Calcutta medical institutions reports 1871-78
Year: 1871
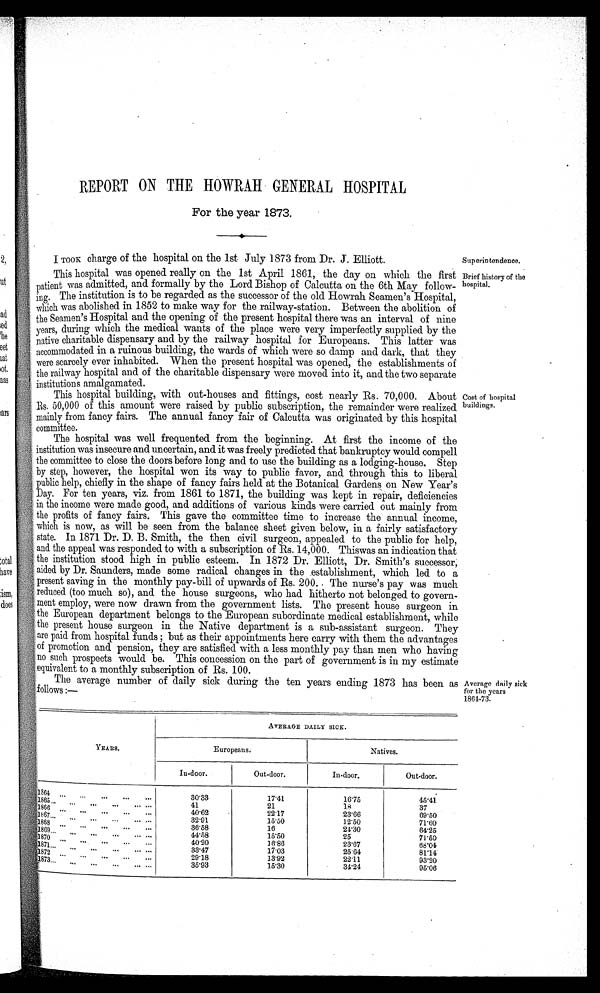
REPORT ON THE HOWRAH GENERAL HOSPITAL
For the year 1873.
I TOOK charge of the hospital on the 1st July 1873 from Dr. J. Elliott.
Superintendence.
This hospital was opened really on the 1st April 1861, the day on which the first
patient was admitted, and formally by the Lord Bishop of Calcutta on the 6th May follow-
ing. The institution is to be regarded as the successor of the old Howrah Seamen's Hospital,
which was abolished in 1852 to make way for the railway-station. Between the abolition of
the Seamen's Hospital and the opening of the present hospital there was an interval of nine
years, during which the medical wants of the place were very imperfectly supplied by the
native charitable dispensary and by the railway hospital for Europeans. This latter was
accommodated in a ruinous building, the wards of which were so damp and dark, that they
were scarcely ever inhabited. When the present hospital was opened, the establishments of
the railway hospital and of the charitable dispensary were moved into it, and the two separate
institutions amalgamated.
Brief history of the
hospital.
This hospital building, with out-houses and fittings, cost nearly Rs. 70,000. About
Rs. 50,000 of this amount were raised by public subscription, the remainder were realized
mainly from fancy fairs. The annual fancy fair of Calcutta was originated by this hospital
committee.
cost of hospital
buildings.
The hospital was well frequented from the beginning. At first the income of the
institution was insecure and uncertain, and it was freely predicted that bankruptcy would compe
ll
the committee to close the doors before long and to use the building as a lodging-house. Step
by step, however, the hospital won its way to public favor, and through this to liberal
public help, chiefly in the shape of fancy fairs held at the Botanical Gardens on New Year's
Day. For ten years, viz. from 1861 to 1871, the building was kept in repair, deficiencies
in the income were made good, and additions of various kinds were carried out mainly from
the profits of fancy fairs. This gave the committee time to increase the annual income,
which is now, as will be seen from the balance sheet given below, in a fairly satisfactory
state. In 1871 Dr. D. B. Smith, the then civil surgeon, appealed to the public for help,
and the appeal was responded to with a subscription of Rs. 14,000. This was an indication that
the institution stood high in public esteem. In 1872 Dr. Elliott, Dr. Smith's successor,
aided by Dr. Saunders, made some radical changes in the establishment, which led to a
present saving in the monthly pay-bill of upwards of Rs. 200. The nurse's pay was much
reduced (too much so), and the house surgeons, who had hitherto not belonged to govern-
ment employ, were now drawn from the government lists. The present house surgeon
the European department belongs to the European subordinate medical establishment, while
the present house surgeon in the Native department is a sub-assistant surgeon. They
are paid from hospital funds ; but as their appointments here carry with them the advantages
of promotion and pension, they are satisfied with a less monthly pay than men who having
no such prospects would be. This concession on the part of government is in my estimate
equivalent to a monthly subscription of Rs. 100.
The average number of daily sick during the ten years ending 1873 has been as
follows :—
Average daily sick
for the years
1864-73.
AVERAGE DAILY SICK.
YEARS.
Europeans.
Natives.
In-door.
Out-door.
In-door.
Out-door.
1864
30·33
17·41
16·75
45·41
1865
41
21
18
37
1866
40·62
22·17
23·66
69·50
1867
32·91
15·50
12·50
71·60
1868
36·58
16
24·30
64·25
1869
44·58
15·50
25
71·50
1870
40·20
16·86
23·67
68·04
1871
33·47
17·03
25·64
81·14
1872
29·18
13·92
22·11
93·20
1873
35·93
15·30
34·24
95·06